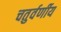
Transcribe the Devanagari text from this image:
चतुर्वर्णीय